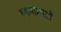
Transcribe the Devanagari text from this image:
यामामाटो